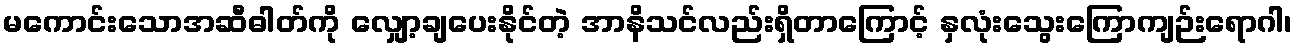
မကောင်းသောအဆီဓါတ်ကို လျှော့ချပေးနိုင်တဲ့ အာနိသင်လည်းရှိတာကြောင့် နှလုံးသွေးကြောကျဉ်းရောဂါ၊